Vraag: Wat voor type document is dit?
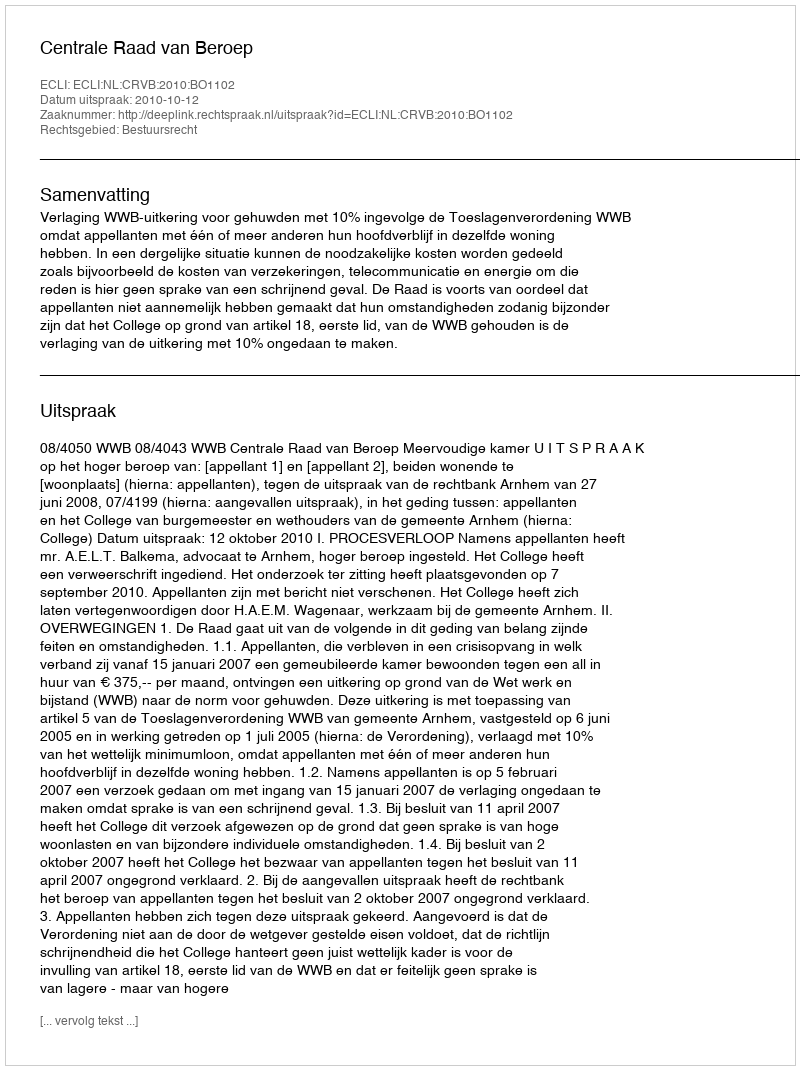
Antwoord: Uitspraak